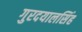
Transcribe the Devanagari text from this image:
गुरदयालसिंह